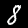
Label: 8